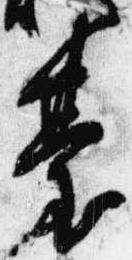
台